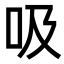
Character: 吸